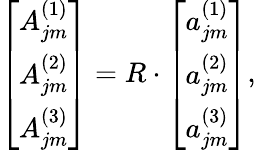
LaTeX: \left[\begin{array}{c}{{A_{jm}^{(1)}}}\\ {{A_{jm}^{(2)}}}\\ {{A_{jm}^{(3)}}}\end{array}\right]=R\cdot\left[\begin{array}{c}{{a_{jm}^{(1)}}}\\ {{a_{jm}^{(2)}}}\\ {{a_{jm}^{(3)}}}\end{array}\right],